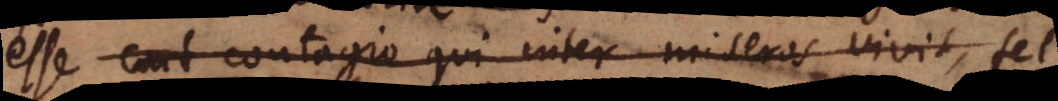
esse contagio qui inter miseros vivit, fel